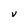
Character: V